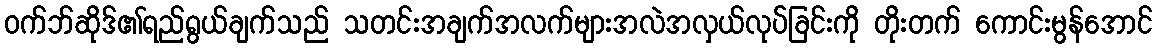
ဝက်ဘ်ဆိုဒ်၏ရည်ရွယ်ချက်သည် သတင်းအချက်အလက်များအလဲအလှယ်လုပ်ခြင်းကို တိုးတက် ကောင်းမွန်အောင်